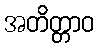
အတိတ္တာဝ